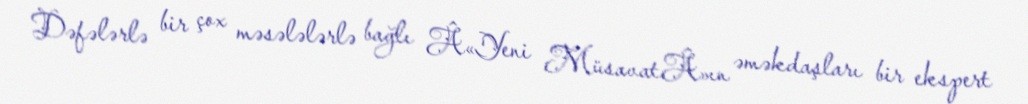
Dəfələrlə bir çox məsələlərlə bağlı Â«Yeni MüsavatÂ»ın əməkdaşları bir ekspert